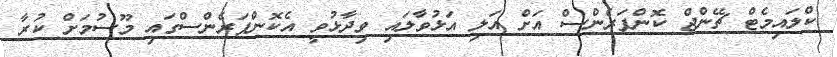
ކްލައިމެޓް ޗޭންޖް ކޮންފަރެންސް އަށް އަލި އަޅުވާލައި ވިދާޅުވީ އެކޮންފަރެންސްގައި މޫސުމަށް ކުރާ